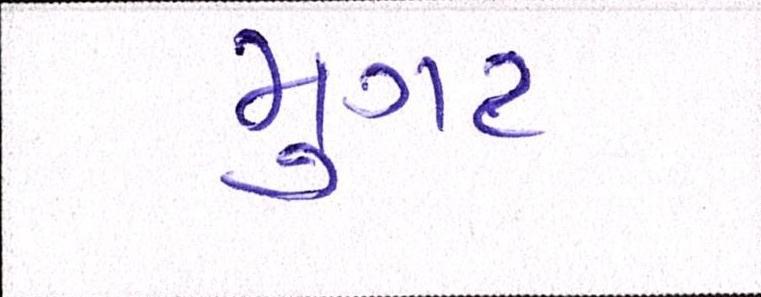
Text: મુગટ